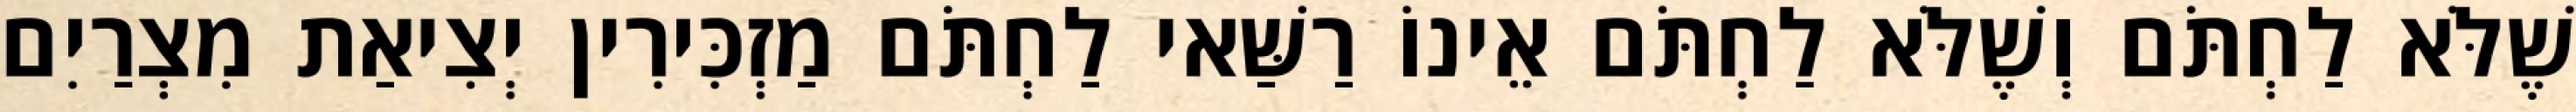
שֶׁלֹּא לַחְתֹּם וְשֶׁלֹּא לַחְתֹּם אֵינוֹ רַשַּׁאי לַחְתֹּם מַזְכִּירִין יְצִיאַת מִצְרַיִם